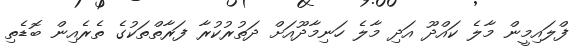
ފްލައިމީން މާލެ ކައްދޫ އަދި މާލެ ހަނިމާދޫއަށް ދަތުރުކުރާ ފަރާތްތަކުގެ ތެރެއިން ބޮޑެތި